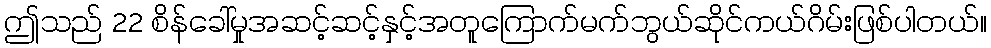
ဤသည် 22 စိန်ခေါ်မှုအဆင့်ဆင့်နှင့်အတူကြောက်မက်ဘွယ်ဆိုင်ကယ်ဂိမ်းဖြစ်ပါတယ်။